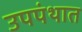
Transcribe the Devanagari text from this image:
उपपंथात